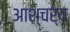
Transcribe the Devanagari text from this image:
आश्चर्य़